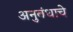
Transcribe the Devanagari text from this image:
अनुबंधाचे